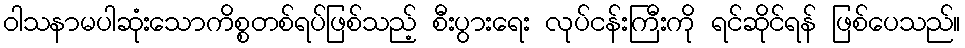
ဝါသနာမပါဆုံးသောကိစ္စတစ်ရပ်ဖြစ်သည့် စီးပွားရေး လုပ်ငန်းကြီးကို ရင်ဆိုင်ရန် ဖြစ်ပေသည်။